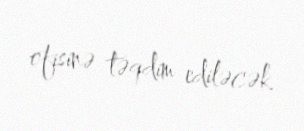
ofisinə təqdim ediləcək.